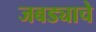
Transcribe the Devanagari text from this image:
जबड्याचे